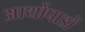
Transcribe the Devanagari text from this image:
आर्थोपाडों